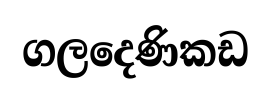
ගලදෙණිකඩ